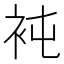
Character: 𧘸